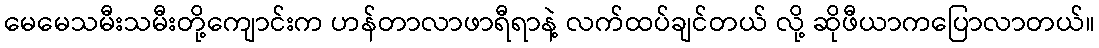
မေမေသမီးသမီးတို့ကျောင်းက ဟန်တာလာဖာရီရာနဲ့ လက်ထပ်ချင်တယ် လို့ ဆိုဖီယာကပြောလာတယ်။